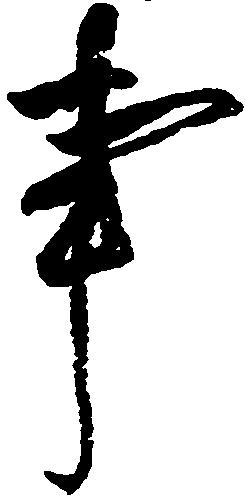
事